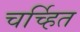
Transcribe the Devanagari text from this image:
चर्च्हित